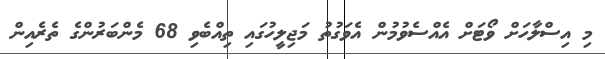
މި އިސްލާހަށް ވޯޓަށް އެއްސެވުމުން އެވަގުތު މަޖިލީހުގައި ތިއްބެވި 68 މެންބަރުންގެ ތެރެއިން